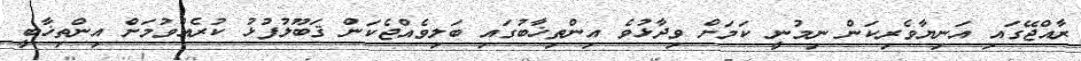
ރާއްޖޭގައި އަނިޔާވެރިކަން ނިމުނީ ކަމަށް ވިދާޅުވެ އިންތިޚާބުގައި ބަލިވެއްޖެކަން ޤަބޫލުފުޅު ކުރެއްވުމަށް އިންތިޚާބީ